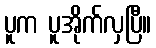
ပူက ပူအိုက်လှပြီ။